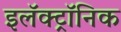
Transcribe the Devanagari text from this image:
इलॅक्ट्रॉनिक